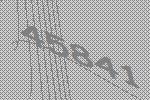
45841